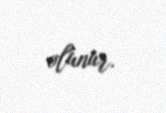
olunur.